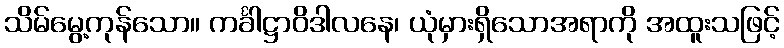
သိမ်မွေ့ကုန်သော။ ကင်္ခါဋ္ဌာဝိဒါလနေ၊ ယုံမှားရှိသောအရာကို အထူးသဖြင့်